Annual report of the Imperial Bacteriological Laboratory, Muktesar
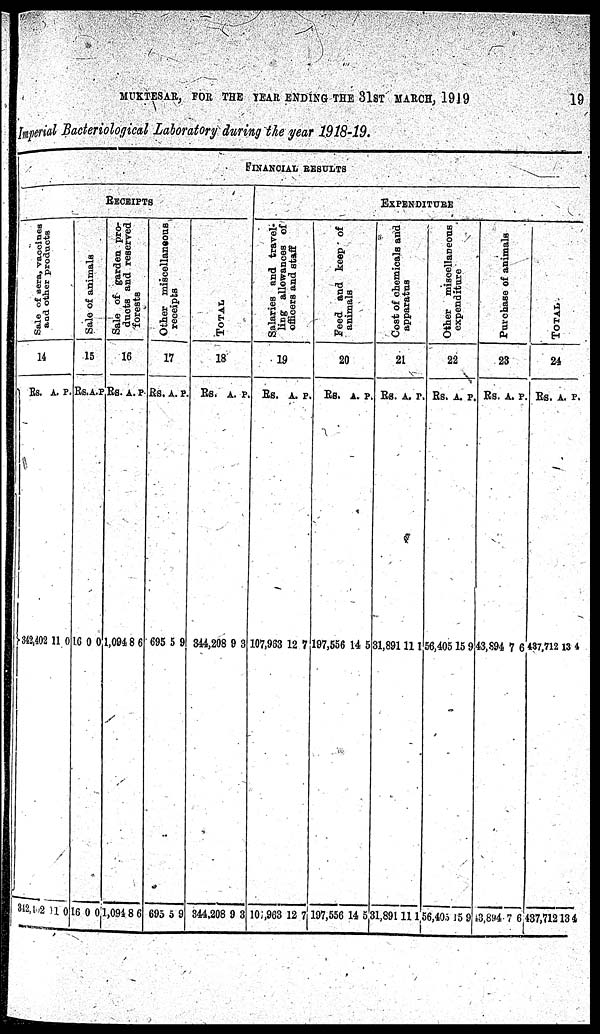
MUKTESAR, FOR THE YEAR ENDING THE 31ST
MARCH,1919
19
Imperial Bacteriological Laboratory during the year 1918-19.
Sal e of sera, vaccines
and other products
14
Rs.
}342,402
342,402
A.
11
11
P.
0
0
RECEIPTS
Sale of animals
15
Rs.
16
16
A.
0
0
P.
0
0
Sal e of g a r d e n pr o-
duct s and reserved
f or est s
16
Rs.
1,094
1,094
A.
8
8
P.
6
6
Other miscellaneous
receipts
17
Rs.
695
695
A.
5
5
P.
9
9
FINANCIAL
RESULTS
TOTAL
18
Rs.
344,208
344,208
A.
9
9
P.
3
3
Sal ar i es and t r avel ¬
ling allowances of
officers and staff
19
Rs.
107,963
107,963
A.
12
12
P.
7
7
Feed and keep of
animals
20
Rs.
197,556
197,556
A.
14
14
P.
5
5
EXPENDITURE
Cost of chemicals and
apparatus
21
Rs.
31,891
31,891
A.
11
11
P.
1
1
Other miscellaneous
expenditure
22
Rs.
56,405
56,405
A.
15
15
P.
9
9
Pur c ha s e of animals
23
Rs.
43,894
43,894
A.
7
7
P.
6
6
TOTAL
24
Rs.
437,712
437,712
A.
13
13
P.
4
4